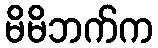
မိမိဘက်က